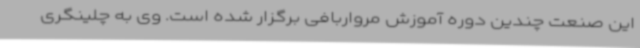
این صنعت چندین دوره آموزش مرواربافی برگزار شده است. وی به چلینگری